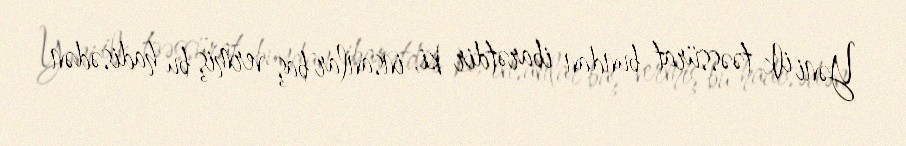
Yəni ilk təəssürat bundan ibarətdir ki, insanlar baş vermiş bu hadisədən